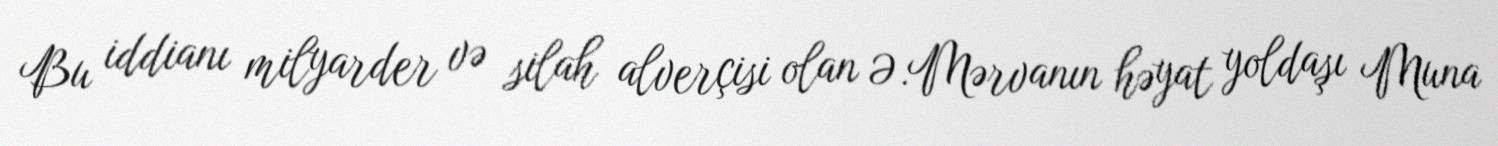
Bu iddianı milyarder və silah alverçisi olan Ə.Mərvanın həyat yoldaşı Muna